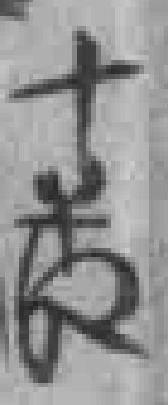
十*